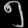
Digit: ၅